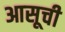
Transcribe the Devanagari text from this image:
आसूची